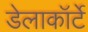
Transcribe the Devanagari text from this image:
डेलाकॉर्टे